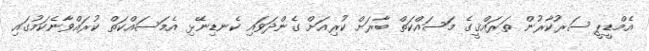
އެމްޑީޕީ ސަރުކާރުން ތަރައްޤީގެ މަސައްކަތް ބާރަށް ކުރިއަށް ގެންދަވައި ކެނޑިނޭޅި އެމަސައްކަތް ކުރައްވާނެކަމުގައި